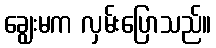
ချွေးမက လှမ်းပြောသည်။